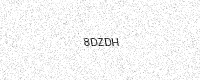
Text: 8DZDH